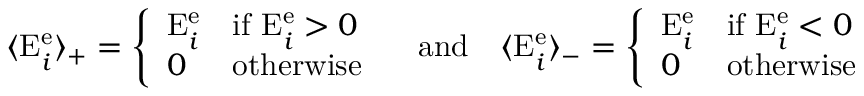
\langle \mathrm { E } _ { i } ^ { \mathrm { e } } \rangle _ { + } = \left\{ \begin{array} { l l } { \mathrm { E } _ { i } ^ { \mathrm { e } } } & { \mathrm { i f ~ } \mathrm { E } _ { i } ^ { \mathrm { e } } > 0 } \\ { 0 } & { \mathrm { o t h e r w i s e } } \end{array} \right. \quad \mathrm { a n d } \quad \langle \mathrm { E } _ { i } ^ { \mathrm { e } } \rangle _ { - } = \left\{ \begin{array} { l l } { \mathrm { E } _ { i } ^ { \mathrm { e } } } & { \mathrm { i f ~ } \mathrm { E } _ { i } ^ { \mathrm { e } } < 0 } \\ { 0 } & { \mathrm { o t h e r w i s e } } \end{array} \right.